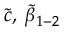
\tilde { c } , \; \tilde { \beta } _ { 1 - 2 }